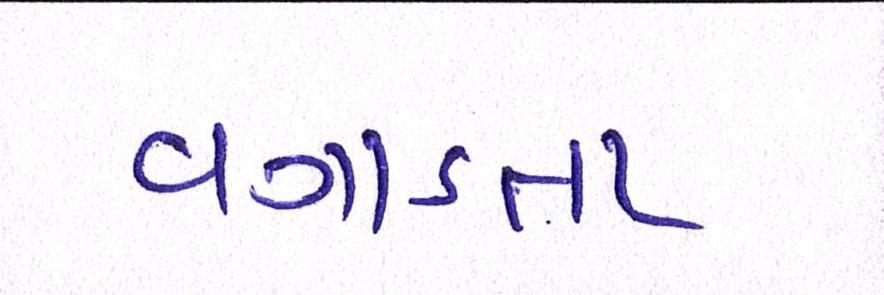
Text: વગાડતા